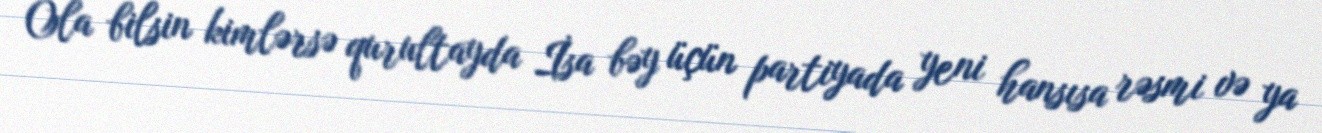
Ola bilsin kimlərsə qurultayda İsa bəy üçün partiyada yeni hansısa rəsmi və ya